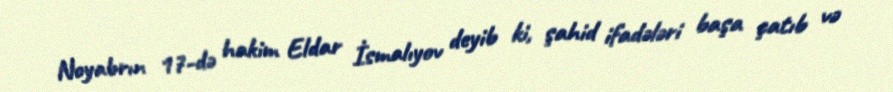
Noyabrın 17-də hakim Eldar İsmalıyov deyib ki, şahid ifadələri başa çatıb və